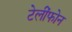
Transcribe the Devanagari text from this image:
टेलींफोन